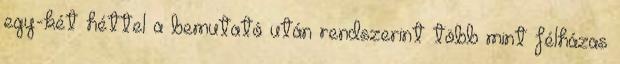
egy-két héttel a bemutató után rendszerint több mint félházas